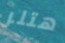
هتلر